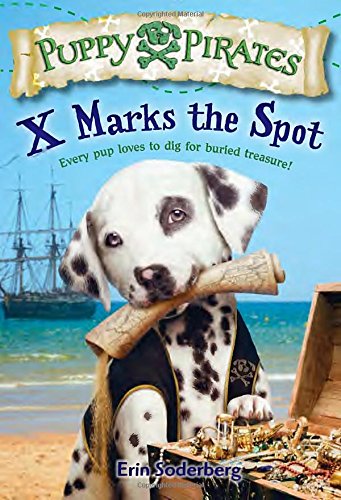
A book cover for Puppy Pirates #2: X Marks the Spot (A Stepping Stone Book(TM)); Erin Soderberg; Children's Books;